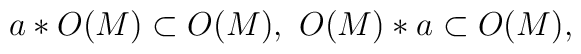
a* O(M) \subset O(M),\,\,O(M) * a \subset O(M),